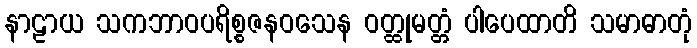
နာဠာယ သကဘာဝပရိစ္စဇနဝသေန ဝတ္ထုမတ္တံ ပါပေထာတိ သမာဓာတုံ